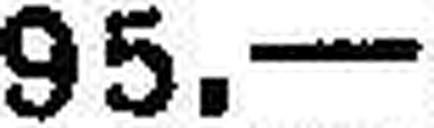
95. —